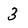
Character: 3